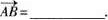
$$\overrightarrow{ A B }=$$___.